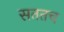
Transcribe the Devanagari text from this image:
सततच